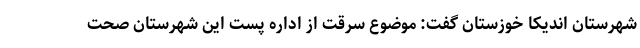
شهرستان اندیکا خوزستان گفت: موضوع سرقت از اداره پست این شهرستان صحت